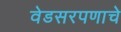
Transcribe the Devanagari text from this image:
वेडसरपणाचे